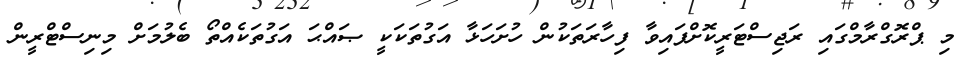
މި ޕްރޮގްރާމްގައި ރަޖިސްޓަރީކޮށްފައިވާ ފިހާރަތަކުން ހުށަހަޅާ އަގުތަކަކީ ޞައްޙަ އަގުތަކެއްތޯ ބެލުމަށް މިނިސްޓްރީން